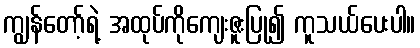
ကျွန်တော့်ရဲ့ အထုပ်ကိုကျေးဇူးပြု၍ ကူသယ်ပေးပါ။